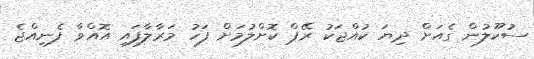
ސުކޫލުން ގެއަށް ދިޔަ ކުއްޖަކު ރޭޕް ކޮށްލުމަށް ފަހު މަރާލާފައި އޮއްވާ ފެނިއްޖެ